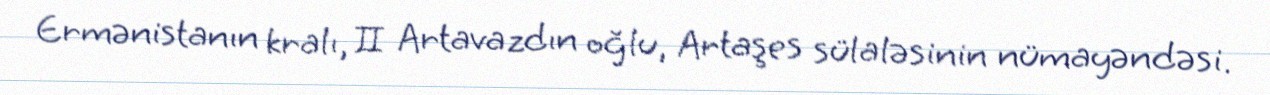
Ermənistanın kralı, II Artavazdın oğlu, Artaşes sülaləsinin nümayəndəsi.